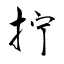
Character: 拧